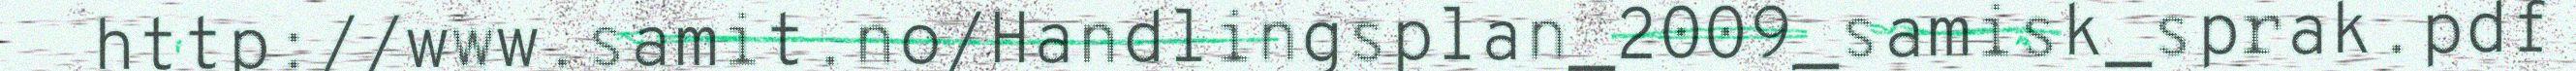
http://www.samit.no/Handlingsplan_2009_samisk_sprak.pdf